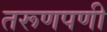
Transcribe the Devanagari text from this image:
तरूणपणी